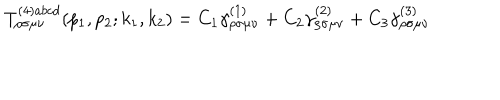
LaTeX: T _ { \rho \sigma \mu \nu } ^ { ( 4 ) a b c d } ( p _ { 1 } , p _ { 2 } ; k _ { 1 } , k _ { 2 } ) = C _ { 1 } \gamma _ { \rho \sigma \mu \nu } ^ { ( 1 ) } + C _ { 2 } \gamma _ { \rho \sigma \mu \nu } ^ { ( 2 ) } + C _ { 3 } \gamma _ { \rho \sigma \mu \nu } ^ { ( 3 ) }